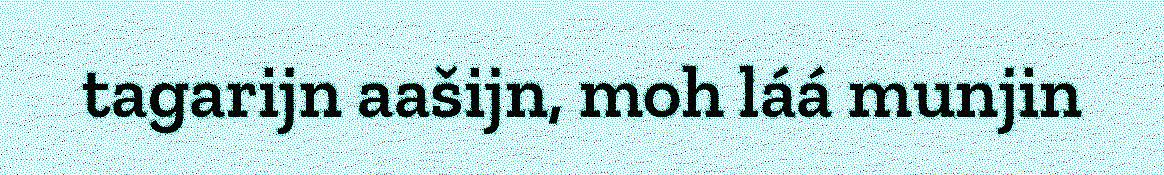
tagarijn aašijn, moh láá munjin